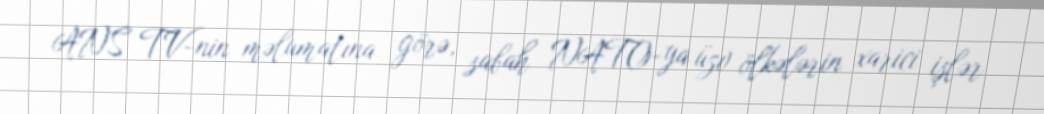
ANS TV-nin məlumatına görə, sabah NATO-ya üzv ölkələrin xarici işlər